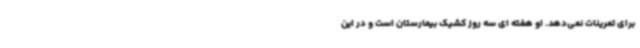
برای تمرینات نمی‌دهد. او هفته ای سه روز کشیک بیمارستان است و در این